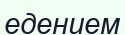
едением